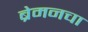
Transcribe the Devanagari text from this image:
ब्रेमनचा